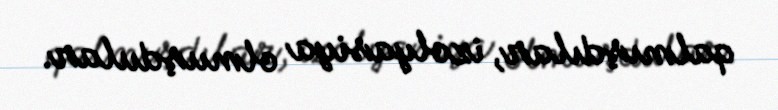
qalmışdılar, izolyasiya olmuşdular.